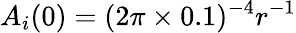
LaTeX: A_{i}(0)=(2\pi\times 0.1)^{-4}r^{-1}